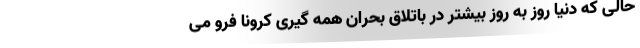
حالی که دنیا روز به روز بیشتر در باتلاق بحران همه گیری کرونا فرو می